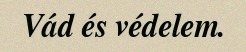
Vád és védelem.